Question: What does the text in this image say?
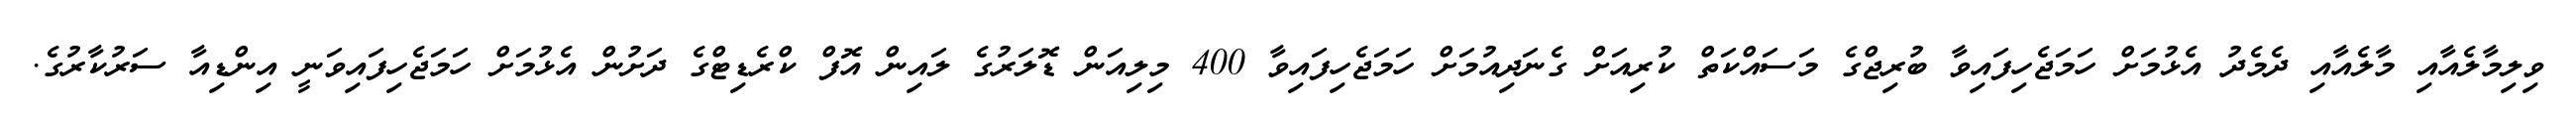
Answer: ވިލިމާލެއާއި މާލެއާއި ދެމެދު އެޅުމަށް ހަމަޖެހިފައިވާ ބުރިޖްގެ މަސައްކަތް ކުރިއަށް ގެނަދިއުމަށް ހަމަޖެހިފައިވާ 400 މިލިއަން ޑޮލަރުގެ ލައިން އޮފް ކްރެޑިޓްގެ ދަށުން އެޅުމަށް ހަމަޖެހިފައިވަނީ އިންޑިއާ ސަރުކާރުގެ.